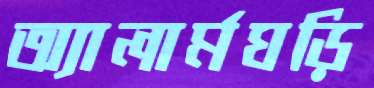
অ্যালার্মঘড়ি